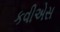
કવીએસ